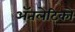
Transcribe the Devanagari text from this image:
ॲतलेटिको